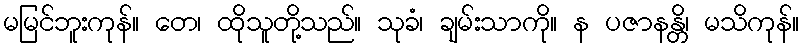
မမြင်ဘူးကုန်။ တေ၊ ထိုသူတို့သည်။ သုခံ၊ ချမ်းသာကို။ န ပဇာနန္တိ၊ မသိကုန်။